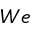
W e